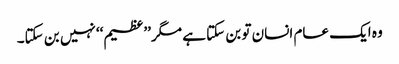
وہ ایک عام انسان تو بن سکتا ہے مگر’’عظیم‘‘ نہیں بن سکتا۔